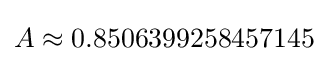
A\approx 0.8506399258457145